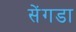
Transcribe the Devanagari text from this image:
सेंगडा